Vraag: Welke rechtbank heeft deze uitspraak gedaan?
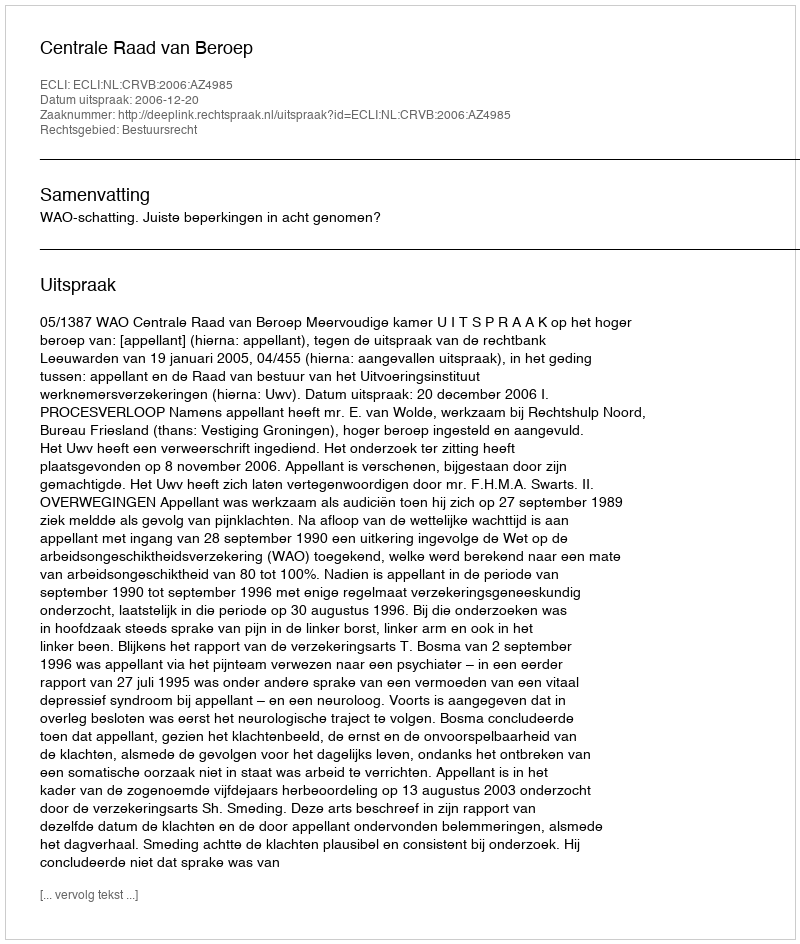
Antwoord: Centrale Raad van Beroep